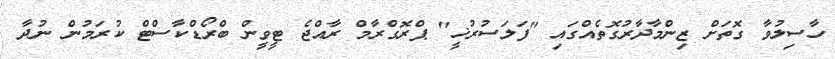
ހާސިލުވާ ގޮތަށް ޒިންމާދާރުގޮތެއްގައި "ފަލަސުރުޚީ" ޕްރޮގްރާމް ރާއްޖެ ޓީވީން ބްރޯޑްކާސްޓް ކުރަމުން ނުދާ